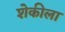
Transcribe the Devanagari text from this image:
शेकीला